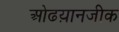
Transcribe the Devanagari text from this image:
ओढय़ानजीक